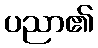
ပညာ၏